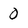
Character: 0